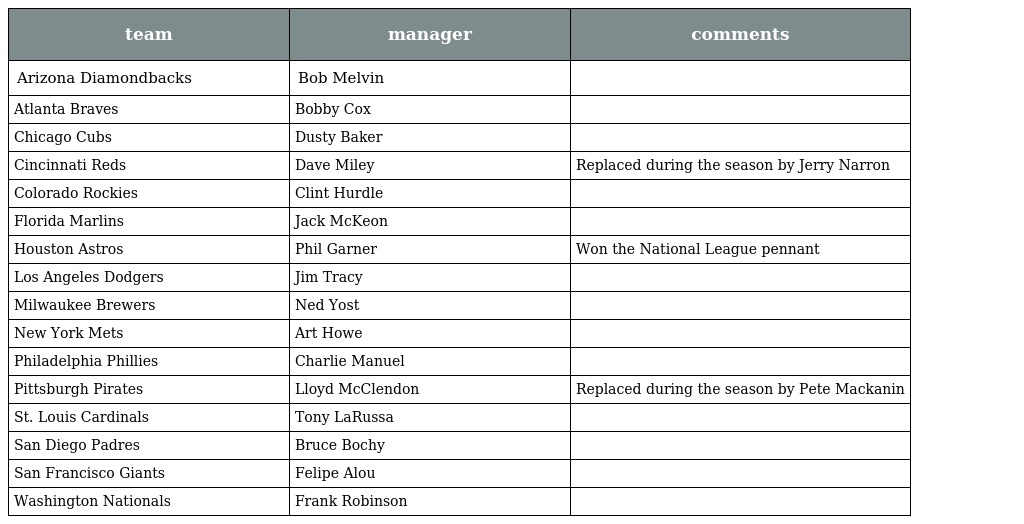
| team | manager | comments |
 | --- | --- | --- |
 | Arizona Diamondbacks | Bob Melvin |  |
 | Atlanta Braves | Bobby Cox |  |
 | Chicago Cubs | Dusty Baker |  |
 | Cincinnati Reds | Dave Miley | Replaced during the season by Jerry Narron |
 | Colorado Rockies | Clint Hurdle |  |
 | Florida Marlins | Jack McKeon |  |
 | Houston Astros | Phil Garner | Won the National League pennant |
 | Los Angeles Dodgers | Jim Tracy |  |
 | Milwaukee Brewers | Ned Yost |  |
 | New York Mets | Art Howe |  |
 | Philadelphia Phillies | Charlie Manuel |  |
 | Pittsburgh Pirates | Lloyd McClendon | Replaced during the season by Pete Mackanin |
 | St. Louis Cardinals | Tony LaRussa |  |
 | San Diego Padres | Bruce Bochy |  |
 | San Francisco Giants | Felipe Alou |  |
 | Washington Nationals | Frank Robinson |  |